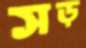
সড়